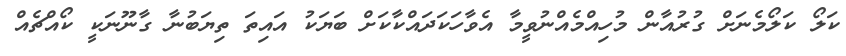
ކަލޯ ކަލޯމެނަށް ގުރުއާން މުހިއްމެއްނުވީމާ އެވާހަކަދައްކާކަށް ބަޔަކު އައިތަ ތިޔަބުނާ ގާނޫނަކީ ކޯއްޗެއް